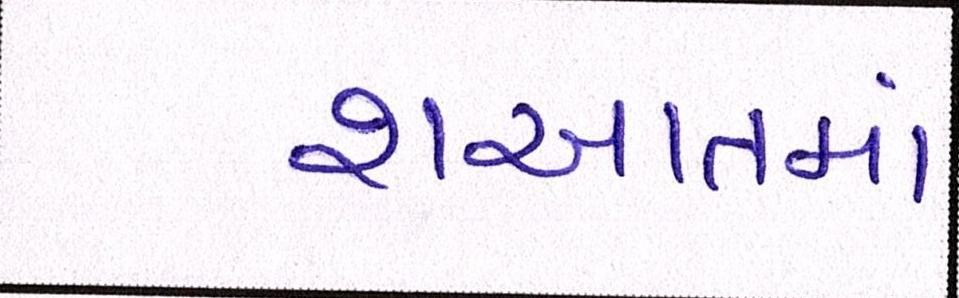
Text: શઆતમાં